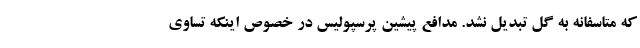
که متاسفانه به گل تبدیل نشد. مدافع پیشین پرسپولیس در خصوص اینکه تساوی